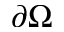
\partial \Omega